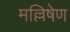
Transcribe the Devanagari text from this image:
मल्लिषेण